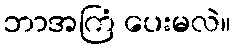
ဘာအကြံ ပေးမလဲ။